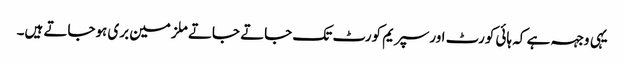
یہی وجہہ ہے کہ ہائی کورٹ اورسپریم کورٹ تک جاتے جاتے ملزمین بری ہوجاتے ہیں۔